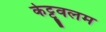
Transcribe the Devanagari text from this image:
केट्टूवलम